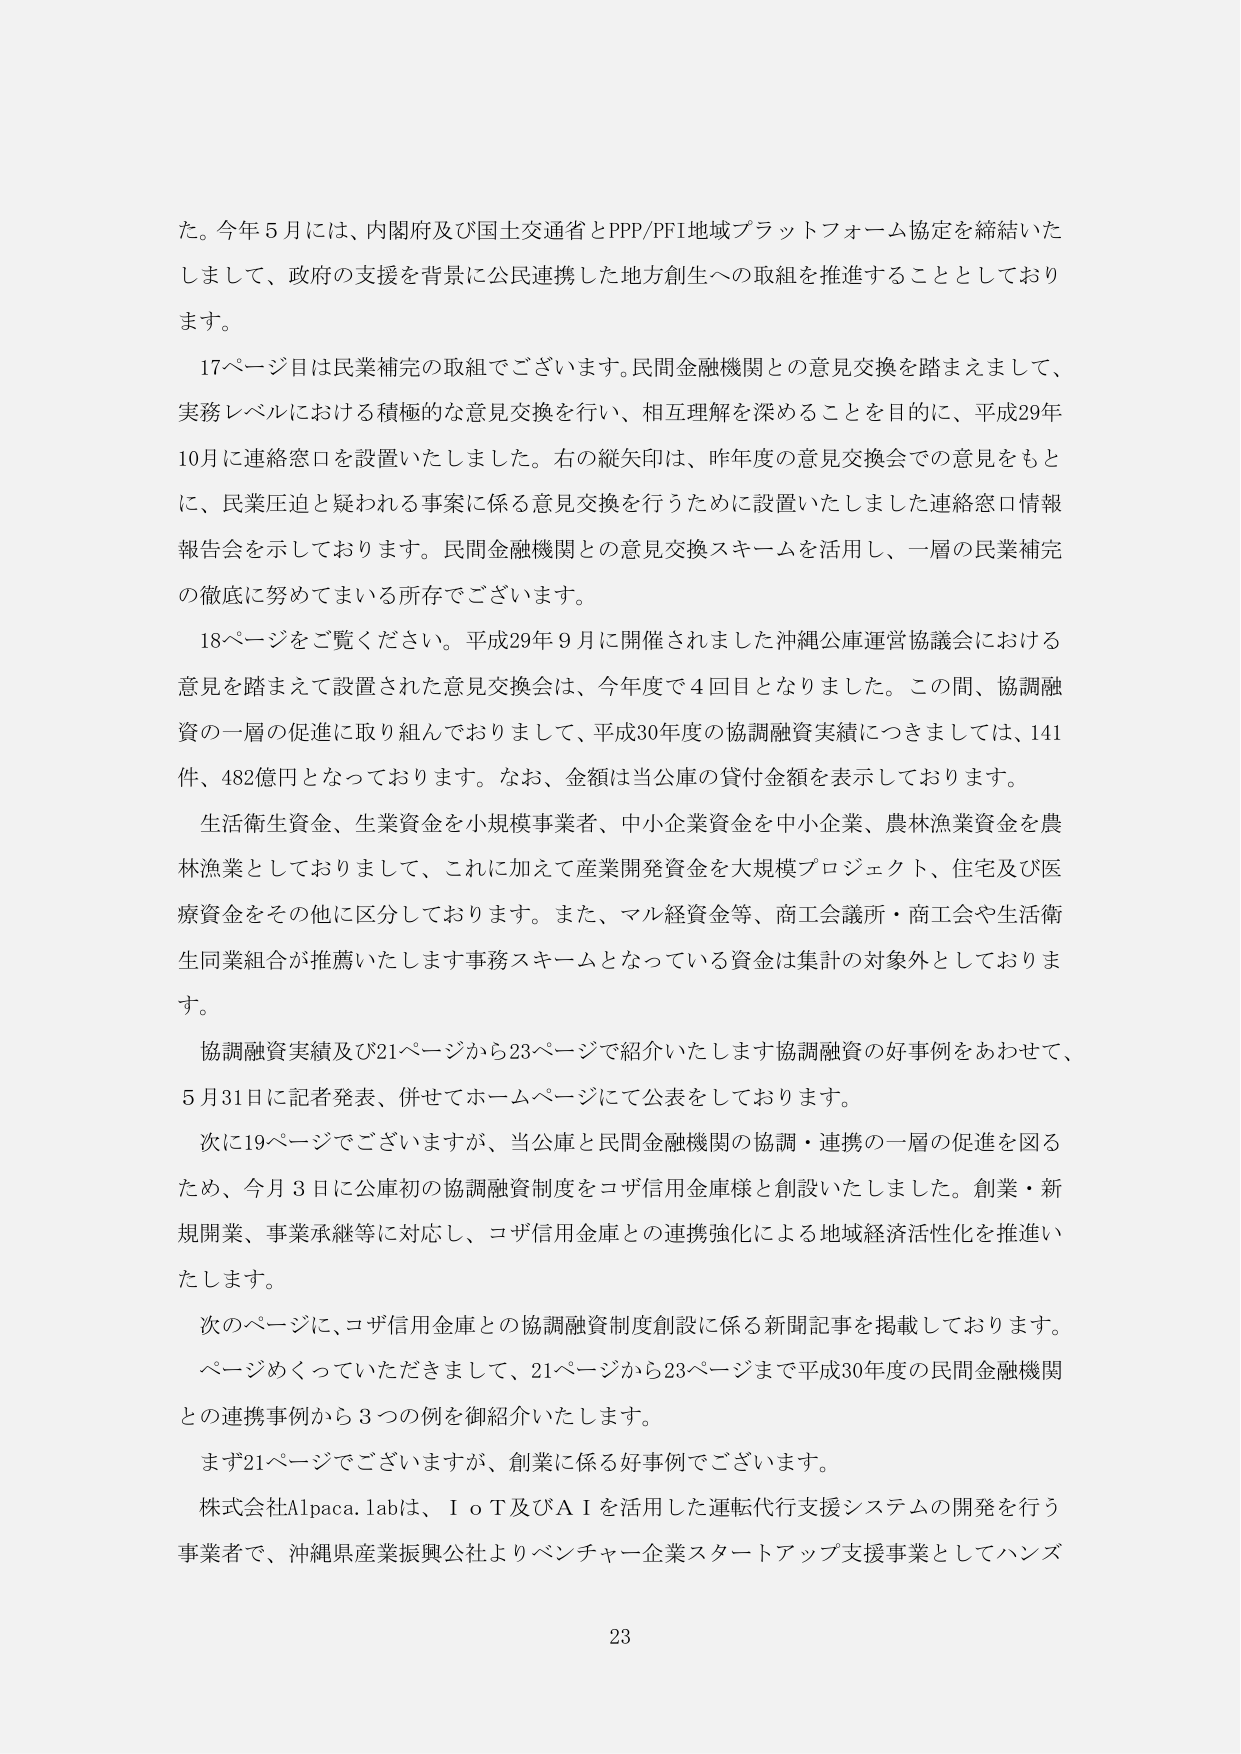
た。今年５月には、内閣府及び国土交通省とPPP/PFI地域プラットフォーム協定を締結いたしまして、政府の支援を背景に公民連携した地方創生への取組を推進することとしております。

１７ページ目は民業補完の取組でございます。民間金融機関との意見交換を踏まえまして、実務レベルにおける積極的な意見交換を行い、相互理解を深めることを目的に、平成29年10月に連絡窓口を設置いたしました。右の縦矢印は、昨年度の意見交換会での意見をもとに、民業圧迫と疑われる事案に係る意見交換を行うために設置いたしました連絡窓口情報報告会を示しております。民間金融機関との意見交換スキームを活用し、一層の民業補完の徹底に努めてまいる所存でございます。

１８ページをご覧ください。平成29年９月に開催されました沖縄公庫運営協議会における意見を踏まえて設置された意見交換会は、今年度で４回目となりました。この間、協調融資の一層の促進に取り組んでおりまして、平成30年度の協調融資実績につきましては、141件、482億円となっております。なお、金額は当公庫の貸付金額を表示しております。

生活衛生資金、生業資金を小規模事業者、中小企業資金を中小企業、農林漁業資金を農林漁業としておりまして、これに加えて産業開発資金を大規模プロジェクト、住宅及び医療資金をその他に区分しております。また、マル経資金等、商工会議所・商工会や生活衛生同業組合が推薦いたします事務スキームとなっている資金は集計の対象外としております。

協調融資実績及び21ページから23ページで紹介いたします協調融資の好事例をあわせて、５月31日に記者発表、併せてホームページにて公表をしております。

次に19ページでございますが、当公庫と民間金融機関の協調・連携の一層の促進を図るため、今月３日に公庫初の協調融資制度をコザ信用金庫様と創設いたしました。創業・新規開業、事業承継等に対応し、コザ信用金庫との連携強化による地域経済活性化を推進いたします。

次のページに、コザ信用金庫との協調融資制度創設に係る新聞記事を掲載しております。

ページめくっていただきまして、21ページから23ページまで平成30年度の民間金融機関との連携事例から３つの例を御紹介いたします。

まず21ページでございますが、創業に係る好事例でございます。

株式会社Alpaca.labは、ＩｏＴ及びＡＩを活用した運転代行支援システムの開発を行う事業者で、沖縄県産業振興公社よりベンチャー企業スタートアップ支援事業としてハンズ

23